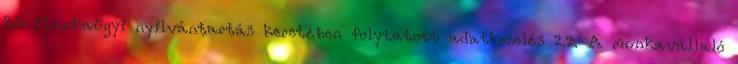
2.1. Munkaügyi nyilvántartás keretében folytatott adatkezelés 2.2. A munkavállaló